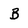
Character: B